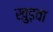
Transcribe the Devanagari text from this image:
खुड़वा